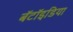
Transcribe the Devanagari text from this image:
बॅटॉइडिया